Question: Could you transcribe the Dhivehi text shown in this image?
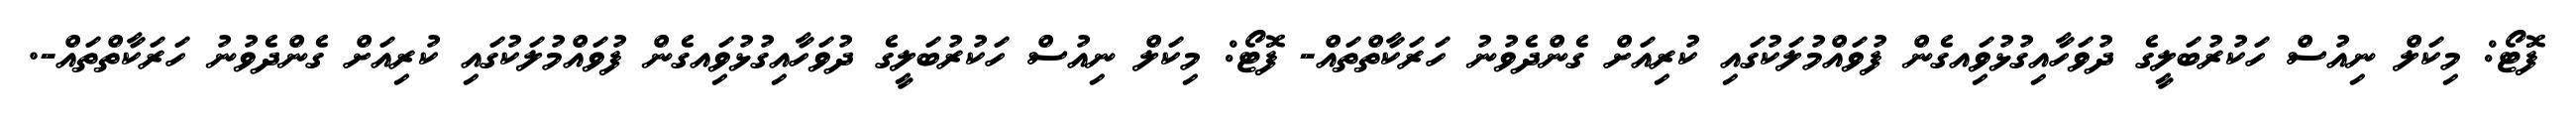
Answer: ފޮޓޯ: މިކަލް ނިއުސް ހަކުރުބަލީގެ ދުވަހާއިގުޅުވަިއގެން ފުވައްމުލަކުގައި ކުރިއަށް ގެންދެވުނު ހަރަކާތްތައް- ފޮޓޯ: މިކަލް ނިއުސް ހަކުރުބަލީގެ ދުވަހާއިގުޅުވަިއގެން ފުވައްމުލަކުގައި ކުރިއަށް ގެންދެވުނު ހަރަކާތްތައް-.